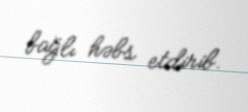
bağlı həbs etdirib.